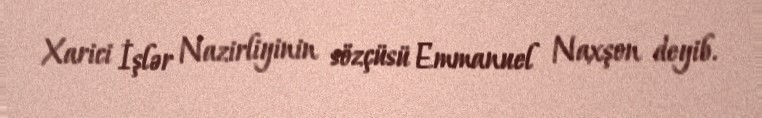
Xarici İşlər Nazirliyinin sözçüsü Emmanuel Naxşon deyib.